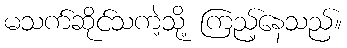
မသက်ဆိုင်သကဲ့သို့ ကြည့်နေသည်။